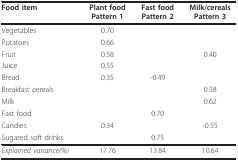
<table><thead><tr><td><b>Food item</b></td><td><b>Plant foodPattern 1</b></td><td><b>Fast foodPattern 2</b></td><td><b>Milk/cerealsPattern 3</b></td></tr></thead><tbody><tr><td>Vegetables</td><td>0.70</td><td></td><td></td></tr><tr><td>Potatoes</td><td>0.66</td><td></td><td></td></tr><tr><td>Fruit</td><td>0.58</td><td></td><td>0.40</td></tr><tr><td>Juice</td><td>0.55</td><td></td><td></td></tr><tr><td>Bread</td><td>0.35</td><td>-0.49</td><td></td></tr><tr><td>Breakfast cereals</td><td></td><td></td><td>0.58</td></tr><tr><td>Milk</td><td></td><td></td><td>0.62</td></tr><tr><td>Fast food</td><td></td><td>0.70</td><td></td></tr><tr><td>Candies</td><td>0.34</td><td></td><td>-0.55</td></tr><tr><td>Sugared soft drinks</td><td></td><td>0.75</td><td></td></tr><tr><td><i>Explained variance(%)</i></td><td>17.76</td><td>13.84</td><td>10.64</td></tr></tbody></table>